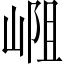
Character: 𪩁